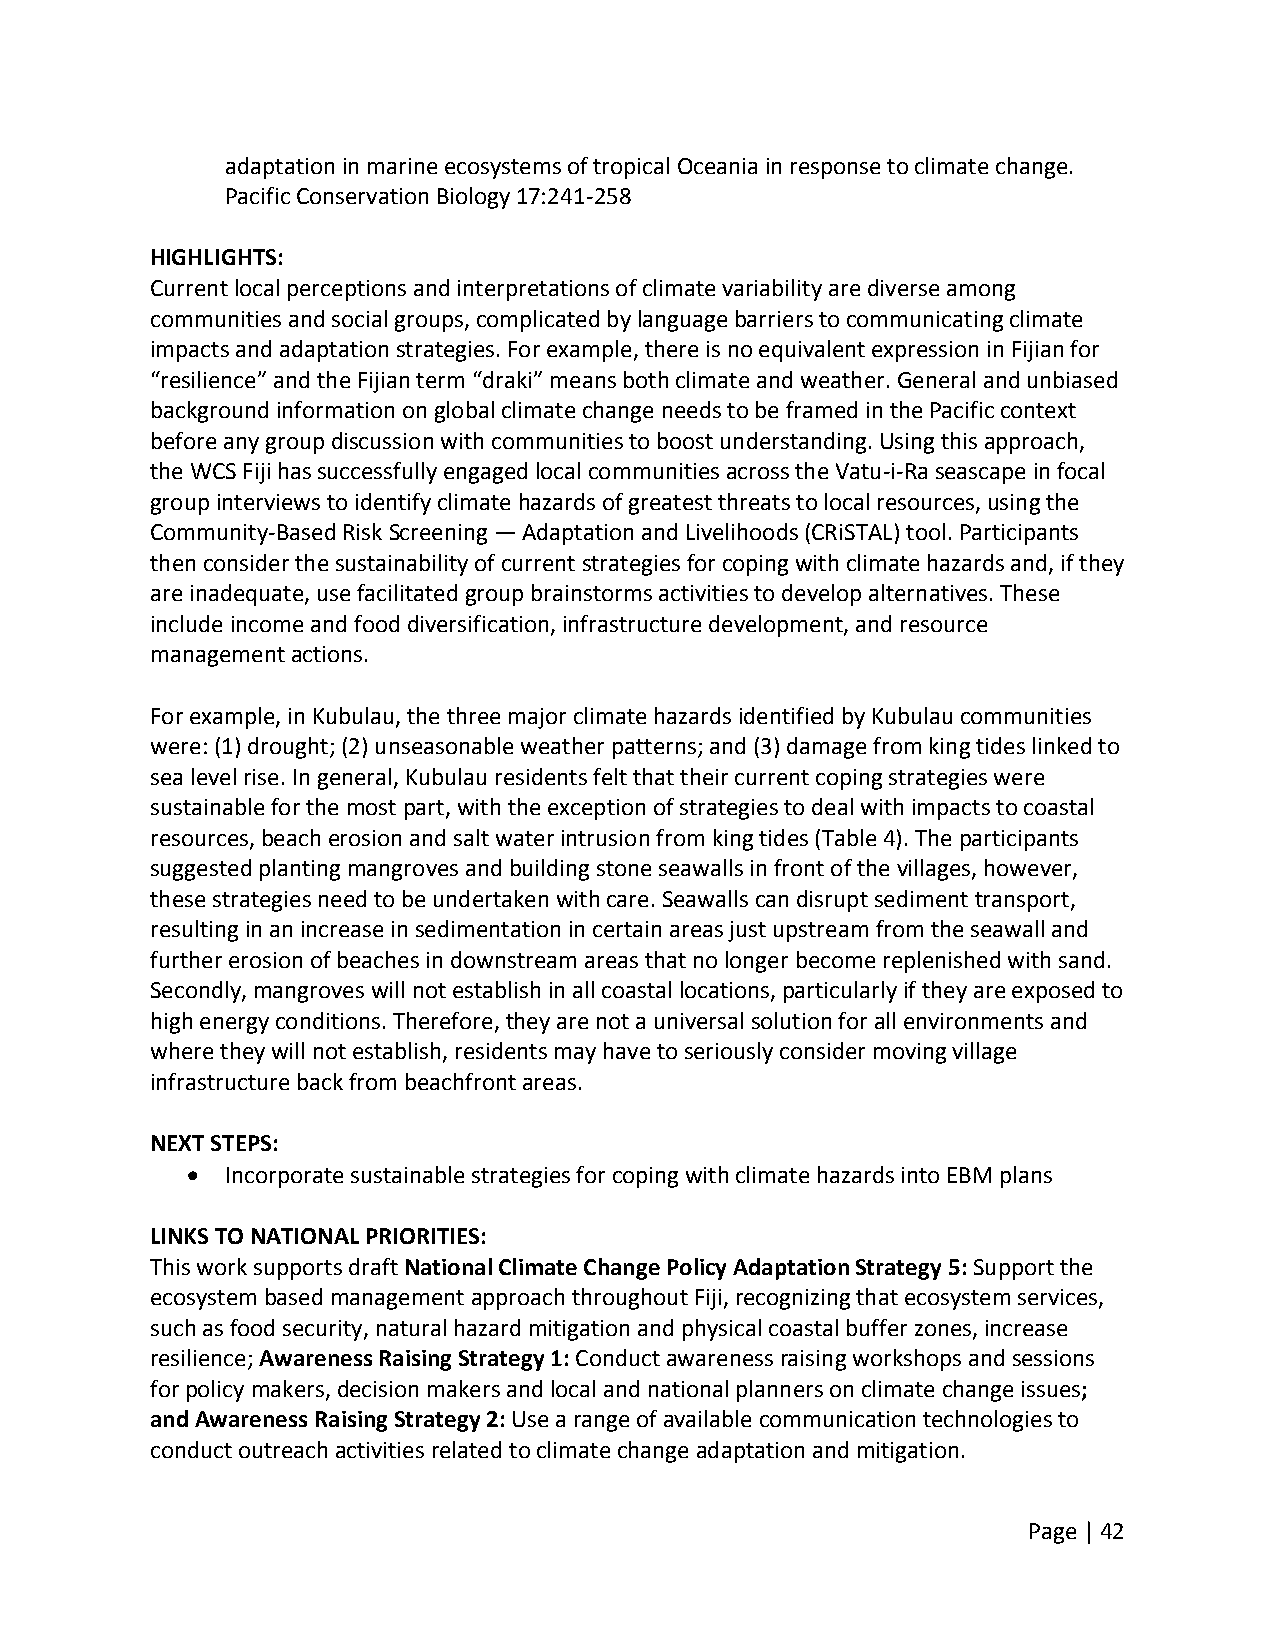
adaptation in marine ecosystems of tropical Oceania in response to climate change.
 Pacific Conservation Biology 17:241‐258
 HIGHLIGHTS:
 Current local perceptions and interpretations of climate variability are diverse among
 communities and social groups, complicated by language barriers to communicating climate
 impacts and adaptation strategies. For example, there is no equivalent expression in Fijian for
 “resilience” and the Fijian term “draki” means both climate and weather. General and unbiased
 background information on global climate change needs to be framed in the Pacific context
 before any group discussion with communities to boost understanding. Using this approach,
 the WCS Fiji has successfully engaged local communities across the Vatu‐i‐Ra seascape in focal
 group interviews to identify climate hazards of greatest threats to local resources, using the
 Community‐Based Risk Screening — Adaptation and Livelihoods (CRiSTAL) tool. Participants
 then consider the sustainability of current strategies for coping with climate hazards and, if they
 are inadequate, use facilitated group brainstorms activities to develop alternatives. These
 include income and food diversification, infrastructure development, and resource
 management actions.
 For example, in Kubulau, the three major climate hazards identified by Kubulau communities
 were: (1) drought; (2) unseasonable weather patterns; and (3) damage from king tides linked to
 sea level rise. In general, Kubulau residents felt that their current coping strategies were
 sustainable for the most part, with the exception of strategies to deal with impacts to coastal
 resources, beach erosion and salt water intrusion from king tides (Table 4). The participants
 suggested planting mangroves and building stone seawalls in front of the villages, however,
 these strategies need to be undertaken with care. Seawalls can disrupt sediment transport,
 resulting in an increase in sedimentation in certain areas just upstream from the seawall and
 further erosion of beaches in downstream areas that no longer become replenished with sand.
 Secondly, mangroves will not establish in all coastal locations, particularly if they are exposed to
 high energy conditions. Therefore, they are not a universal solution for all environments and
 where they will not establish, residents may have to seriously consider moving village
 infrastructure back from beachfront areas.
 NEXT STEPS:
   Incorporate sustainable strategies for coping with climate hazards into EBM plans
 LINKS TO NATIONAL PRIORITIES:
 This work supports draft National Climate Change Policy Adaptation Strategy 5: Support the
 ecosystem based management approach throughout Fiji, recognizing that ecosystem services,
 such as food security, natural hazard mitigation and physical coastal buffer zones, increase
 resilience; Awareness Raising Strategy 1: Conduct awareness raising workshops and sessions
 for policy makers, decision makers and local and national planners on climate change issues;
 and Awareness Raising Strategy 2: Use a range of available communication technologies to
 conduct outreach activities related to climate change adaptation and mitigation.
 Page | 42